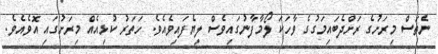
ނެތަސް މިރަށުގެ ރަށްދެބައިމަގުގެ ވާހަކަ ލޯމާފާނުގައިވެސް ލިޔެފައިވެއެވެ. ހަތަރު ކުޅިއެއް މިރަށުގައި އޮވެއެވެ.